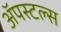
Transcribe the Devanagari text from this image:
ॲपस्टल्स